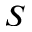
S